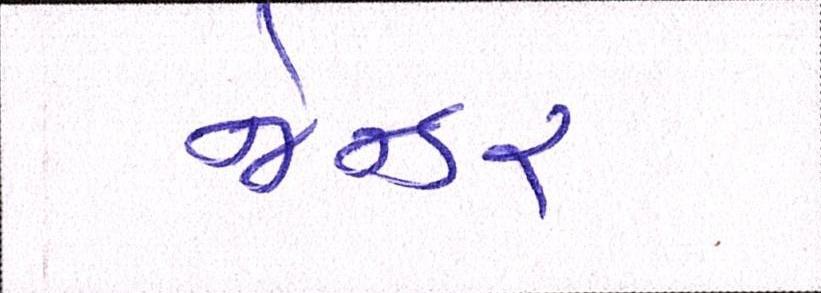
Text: જેન્ડર